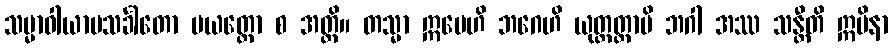
သမ္မာဝါယာမသင်္ခါတော ပယတ္တော စ အတ္ထိ။ တသ္မာ ဣမေဟိ ဘဂေဟိ ယုတ္တတ္တာပိ ဘဂါ အဿ သန္တီတိ ဣမိနာ